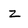
Character: z